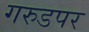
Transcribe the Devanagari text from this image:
गरुडपर